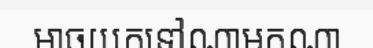
អាចយកទៅណាមកណា